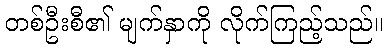
တစ်ဦးစီ၏ မျက်နှာကို လိုက်ကြည့်သည်။